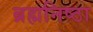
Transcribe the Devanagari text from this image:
ब्रह्मनिष्ठा